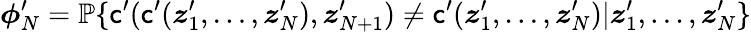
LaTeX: {\boldsymbol{\phi}}_{N}^{\prime}={\mathbb{P}}\{ \mathsf{c}^{\prime}(\mathsf{c}^{\prime}({\boldsymbol{z}}_{1}^{\prime},\ldots,{\boldsymbol{z}}_{N}^{\prime}),{\boldsymbol{z}}_{N+1}^{\prime})\neq\mathsf{c}^{\prime}({\boldsymbol{z}}_{1}^{\prime},\ldots,{\boldsymbol{z}}_{N}^{\prime})|{\boldsymbol{z}}_{1}^{\prime},\ldots,{\boldsymbol{z}}_{N}^{\prime}\}